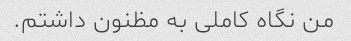
من نگاه کاملی به مظنون داشتم.